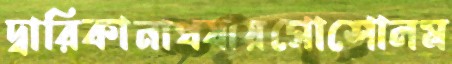
দ্বারিকানাথযায়গোশোলম